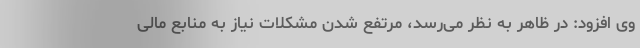
وی افزود: در ظاهر به نظر می‌رسد، مرتفع شدن مشکلات نیاز به منابع مالی